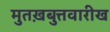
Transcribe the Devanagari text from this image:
मुतख़बुत्तवारीख